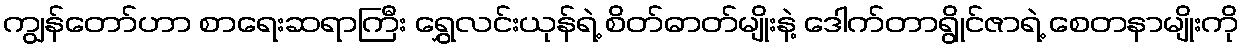
ကျွန်တော်ဟာ စာရေးဆရာကြီး ရွှေလင်းယုန်ရဲ့ စိတ်ဓာတ်မျိုးနဲ့ ဒေါက်တာရွိုင်ဇာရဲ့ စေတနာမျိုးကို